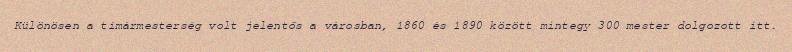
Különösen a tímármesterség volt jelentős a városban, 1860 és 1890 között mintegy 300 mester dolgozott itt.